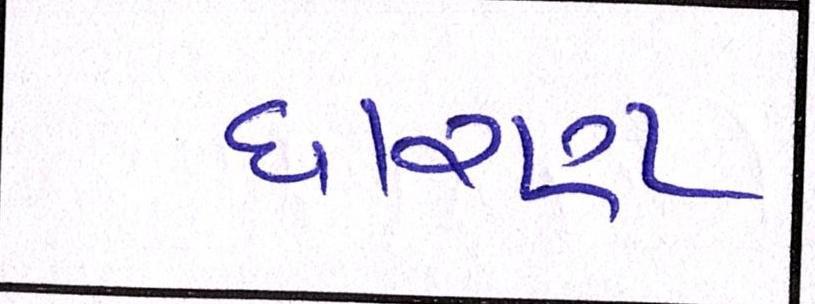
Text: ધારણ